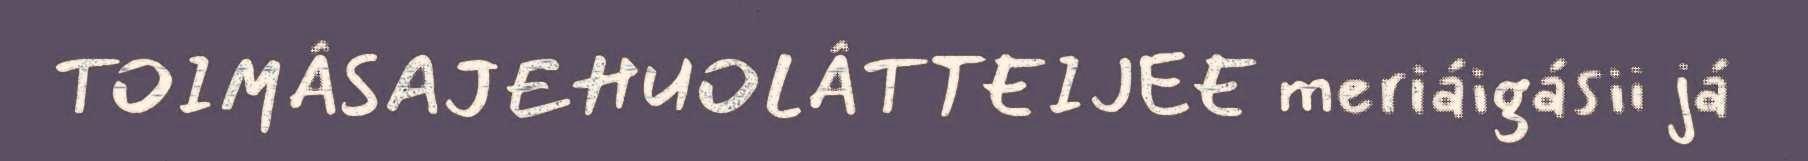
TOIMÂSAJEHUOLÂTTEIJEE meriáigásii já